Report on the bubonic plague in Bombay, 1896-1897
Year: 1896
Disease focus: Plague
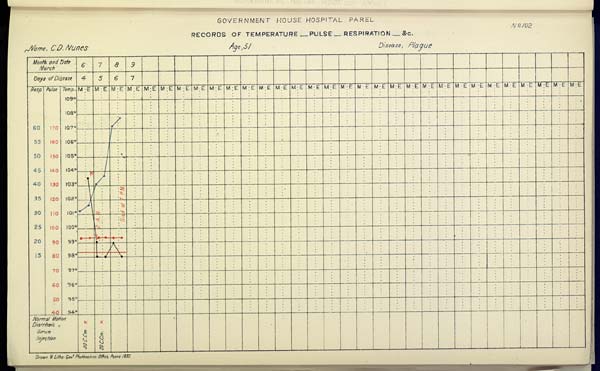
GOVERNMENT HOUSE HOSPITAL PAREL
No. 102
RECORDS OF TEMPERATURE __ PULSE __ RESPIRATION __ &c.
Name,
C.D.
Nunes
Age,
51
Disease,
Plague
Drawn & Litho: Govt. Photozinco: Office, Poona 1897.